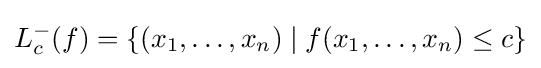
L_{c}^{-}(f)=\left\{(x_{1},\dots ,x_{n})\mid f(x_{1},\dots ,x_{n})\leq c\right\}